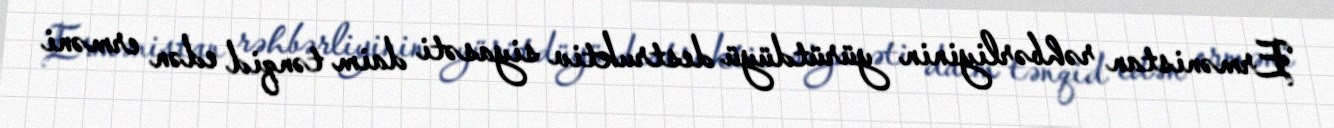
Ermənistan rəhbərliyinin yürütdüyü destruktiv siyasəti daim tənqid edən erməni